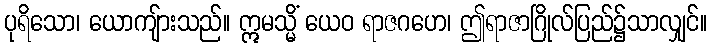
ပုရိသော၊ ယောကျ်ားသည်။ ဣမသ္မိံ ယေဝ ရာဇဂဟေ၊ ဤရာဇာဂြိုလ်ပြည်၌သာလျှင်။